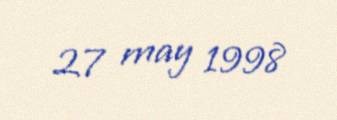
27 may 1998